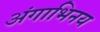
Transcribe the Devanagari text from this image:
अंगाभिनय